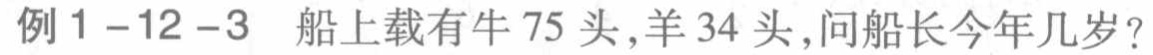
例1-12-3 船上载有牛75头,羊34头,问船长今年几岁?